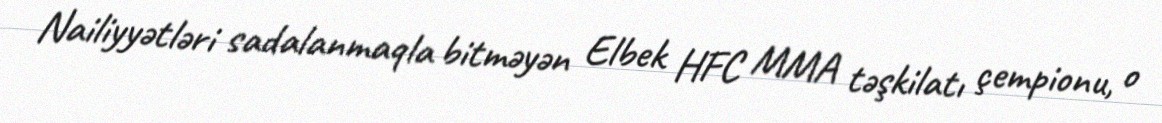
Nailiyyətləri sadalanmaqla bitməyən Elbek HFC MMA təşkilatı çempionu, o